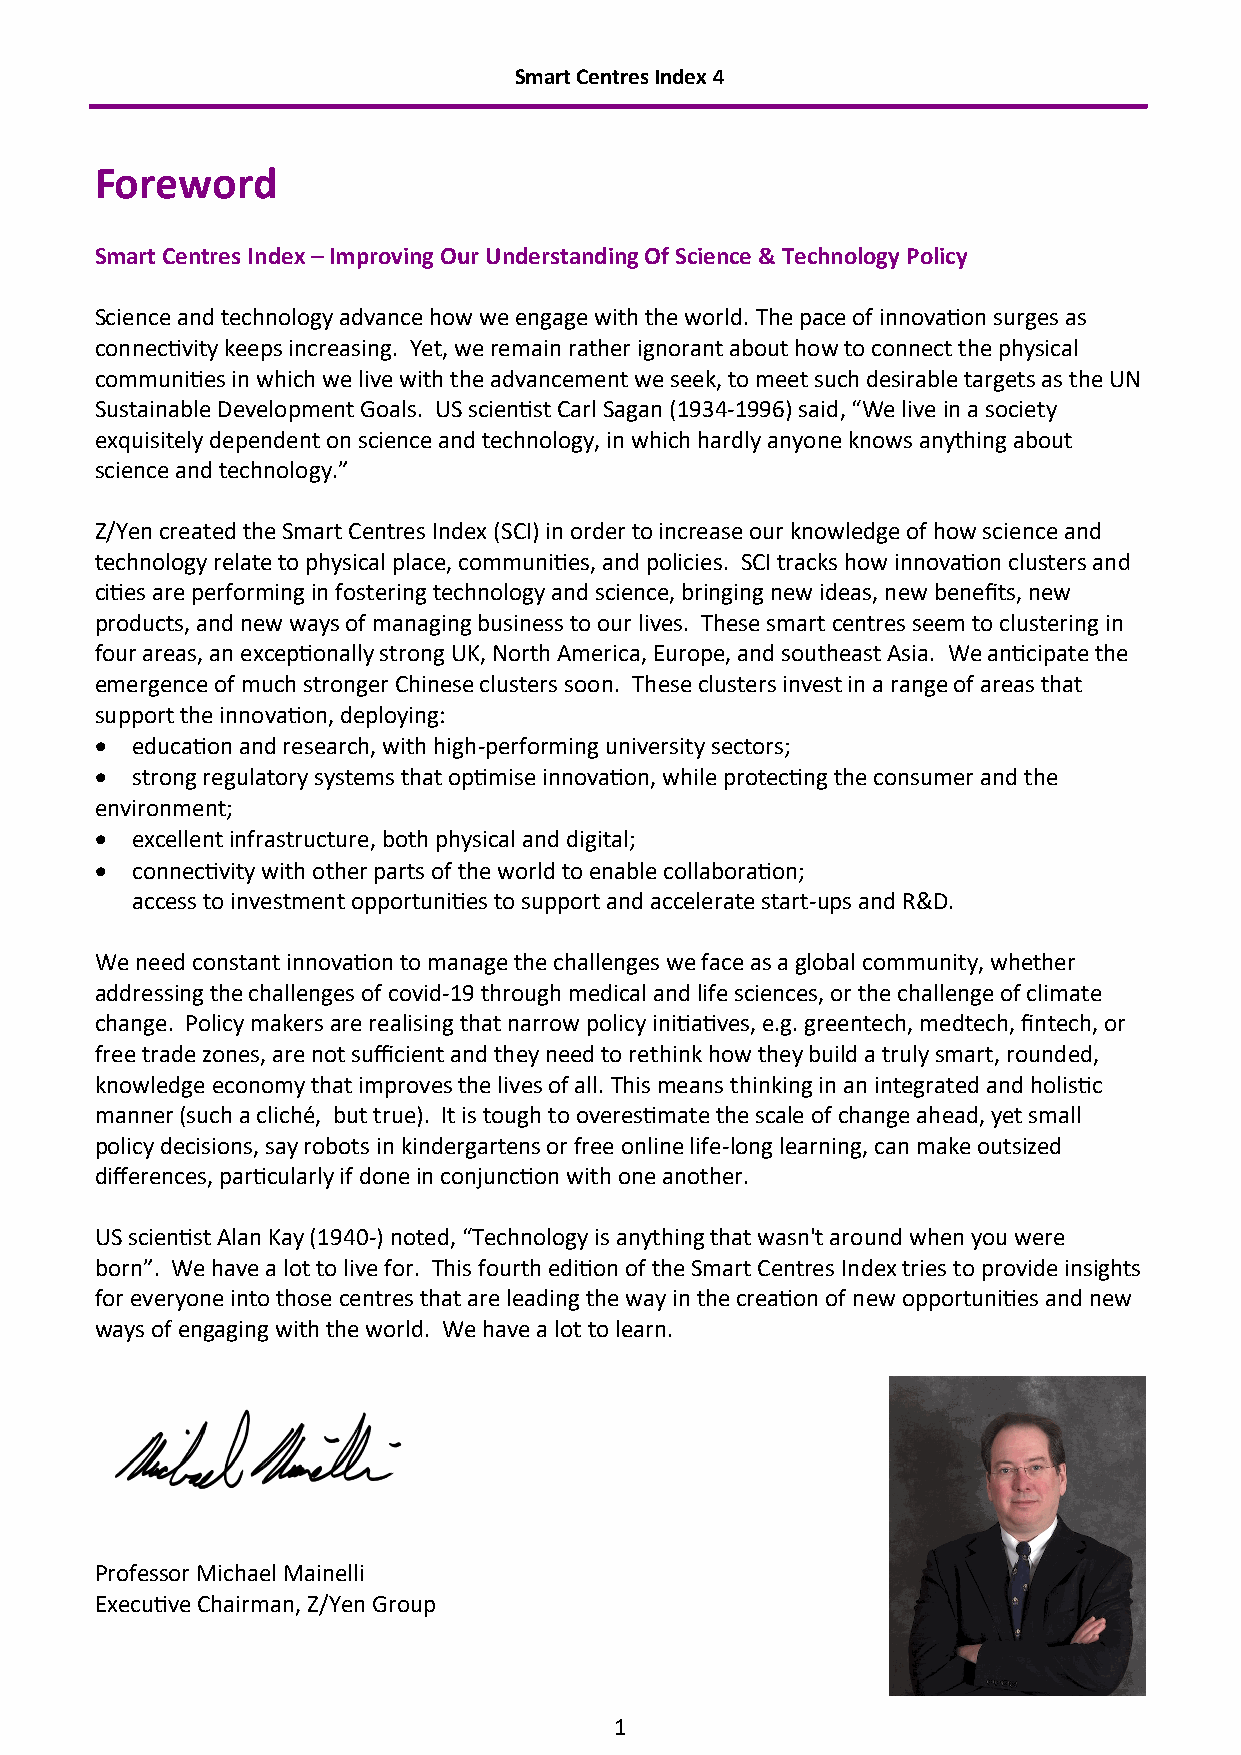
Smart Centres Index 4
 Foreword
 Smart Centres Index – Improving Our Understanding Of Science & Technology Policy
 Science and technology advance how we engage with the world. The pace of innovation surges as
 connectivity keeps increasing. Yet, we remain rather ignorant about how to connect the physical
 communities in which we live with the advancement we seek, to meet such desirable targets as the UN
 Sustainable Development Goals. US scientist Carl Sagan (1934-1996) said, “We live in a society
 exquisitely dependent on science and technology, in which hardly anyone knows anything about
 science and technology.”
 Z/Yen created the Smart Centres Index (SCI) in order to increase our knowledge of how science and
 technology relate to physical place, communities, and policies. SCI tracks how innovation clusters and
 cities are performing in fostering technology and science, bringing new ideas, new benefits, new
 products, and new ways of managing business to our lives. These smart centres seem to clustering in
 four areas, an exceptionally strong UK, North America, Europe, and southeast Asia. We anticipate the
 emergence of much stronger Chinese clusters soon. These clusters invest in a range of areas that
 support the innovation, deploying:
 •  education and research, with high-performing university sectors;
 •  strong regulatory systems that optimise innovation, while protecting the consumer and the
 environment;
 •  excellent infrastructure, both physical and digital;
 •  connectivity with other parts of the world to enable collaboration;
 access to investment opportunities to support and accelerate start-ups and R&D.
 We need constant innovation to manage the challenges we face as a global community, whether
 addressing the challenges of covid-19 through medical and life sciences, or the challenge of climate
 change. Policy makers are realising that narrow policy initiatives, e.g. greentech, medtech, fintech, or
 free trade zones, are not sufficient and they need to rethink how they build a truly smart, rounded,
 knowledge economy that improves the lives of all. This means thinking in an integrated and holistic
 manner (such a cliché, but true). It is tough to overestimate the scale of change ahead, yet small
 policy decisions, say robots in kindergartens or free online life-long learning, can make outsized
 differences, particularly if done in conjunction with one another.
 US scientist Alan Kay (1940-) noted, “Technology is anything that wasn't around when you were
 born”. We have a lot to live for. This fourth edition of the Smart Centres Index tries to provide insights
 for everyone into those centres that are leading the way in the creation of new opportunities and new
 ways of engaging with the world. We have a lot to learn.
 Professor Michael Mainelli
 Executive Chairman, Z/Yen Group
 1